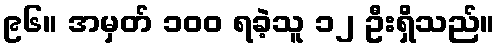
၉၆။ အမှတ် ၁၀၀ ရခဲ့သူ ၁၂ ဦးရှိသည်။